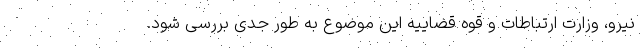
نیرو، وزارت ارتباطات و قوه قضاییه این موضوع به طور جدی بررسی شود.